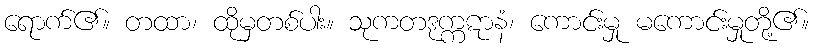
ရောက်၏။ တထာ၊ ထိုမှတစ်ပါး။ သုကတဒုက္ကဋာနံ၊ ကောင်းမှု မကောင်းမှုတို့၏။